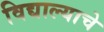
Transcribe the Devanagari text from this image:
विद्याल्याचे